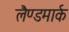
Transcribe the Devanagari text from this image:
लैण्‍डमार्क